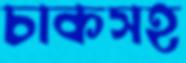
চাকসহ